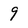
Character: 9